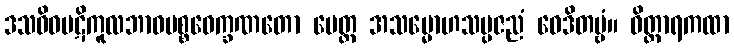
ဒသဝိဓပဋိကူလဘာဝပစ္စဝေက္ခဏတော ပေတ္ထ အသမ္မောဟသမ္ပဇညံ ဝေဒိတဗ္ဗံ။ ဝိတ္ထာရကထာ